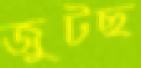
জুটছ